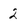
Character: 2